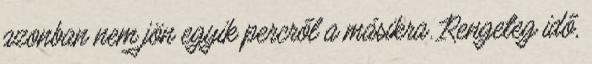
azonban nem jön egyik percről a másikra. Rengeteg idő,